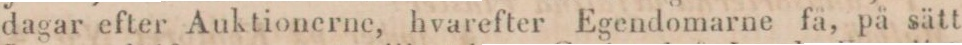
dagar efter Auktionerne, hvarefter Egendomarne få, på sätt